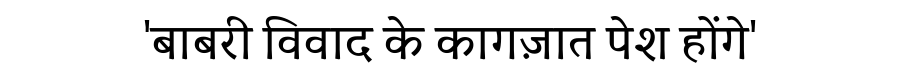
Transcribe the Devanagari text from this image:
'बाबरी विवाद के कागज़ात पेश होंगे'